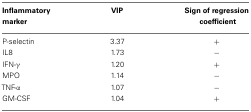
<table><thead><tr><td><b>Inflammatory marker</b></td><td><b>VIP</b></td><td><b>Sign of regressioncoefficient</b></td></tr></thead><tbody><tr><td>P-selectin</td><td>3.37</td><td>+</td></tr><tr><td>IL8</td><td>1.73</td><td>−</td></tr><tr><td>IFN-γ</td><td>1.20</td><td>+</td></tr><tr><td>MPO</td><td>1.14</td><td>−</td></tr><tr><td>TNF-α</td><td>1.07</td><td>−</td></tr><tr><td>GM-CSF</td><td>1.04</td><td>+</td></tr></tbody></table>